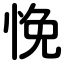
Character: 悗